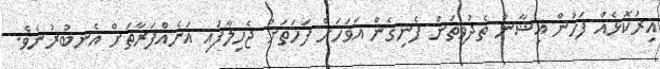
އިރުކޮޅެއް ފަހުން އިޝާން ތެދުވިތަން ފެނިގެން އަވަހަށް ފަހަތަށް ޖެހިލާފައި އަނެއްފަރާތަށް އެނބުރުނެވެ.